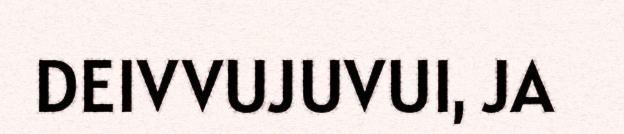
DEIVVUJUVUI, JA